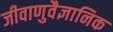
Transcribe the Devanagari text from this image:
जीवाणुवैज्ञानिक